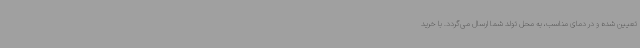
تعیین شده و در دمای مناسب، به محل تولد شما ارسال می‌گردد. با خرید